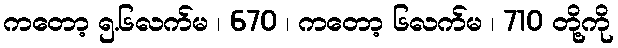
ကတော့ ၅.၆လက်မ ၊ 670 ၊ ကတော့ ၆လက်မ ၊ 710 တို့ကို